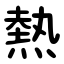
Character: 熱